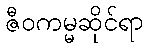
ဇီဝကမ္မဆိုင်ရာ